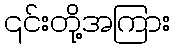
၎င်းတို့အကြား